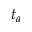
t _ { a }